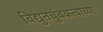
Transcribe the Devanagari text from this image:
विद्युतचुंबकत्वाच्या